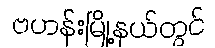
ဗဟန်းမြို့နယ်တွင်